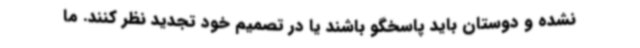
نشده و دوستان باید پاسخگو باشند یا در تصمیم خود تجدید نظر کنند. ما